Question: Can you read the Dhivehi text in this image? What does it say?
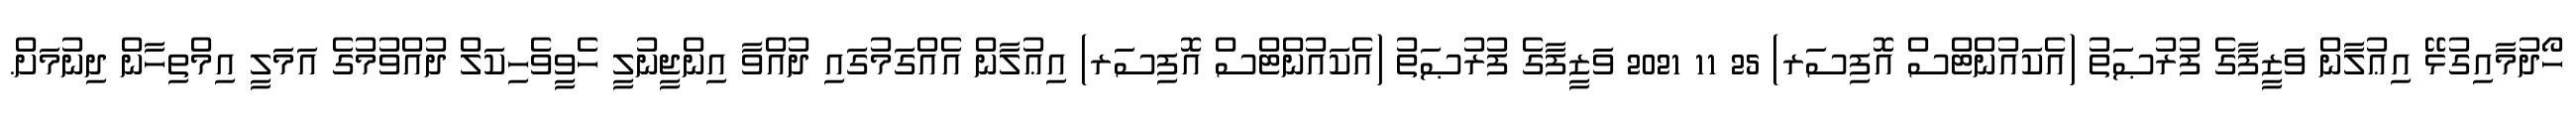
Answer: ހޯދުމާއިގުޅޭ އިޢުލާން ވަޒީފާގެ ފުރުޞަތު (އެކައުންޓްސް އޮފިސަރ) 25 11 2021 ވަޒީފާގެ ފުރުޞަތު (އެކައުންޓްސް އޮފިސަރ) އިޢުލާން އެއްގަމުގައި ދުއްވާ އިންޖީނުލީ ހެވީވެހިކަލް ދުއްވުމުގެ އަމަލީ އިމްތިހާން ދިނުމަށް.